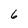
Character: 6